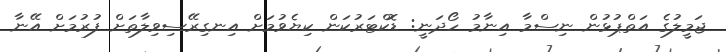
ޖަމީލުގެ އަތްޕުޅުން ނިސްމާ އިނާމު ހޯދަނީ: ޑޮކްޓަރުކަން ކިޔެވުމަށް އިނގިރޭސިވިލާތަށް ފުރުމަށް އޭނާ